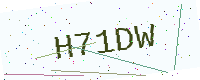
Text: H71DW